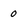
Character: 0